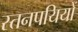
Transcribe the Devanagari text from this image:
स्तनपयियों